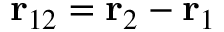
\mathbf { r } _ { 1 2 } = \mathbf { r } _ { 2 } - \mathbf { r } _ { 1 }